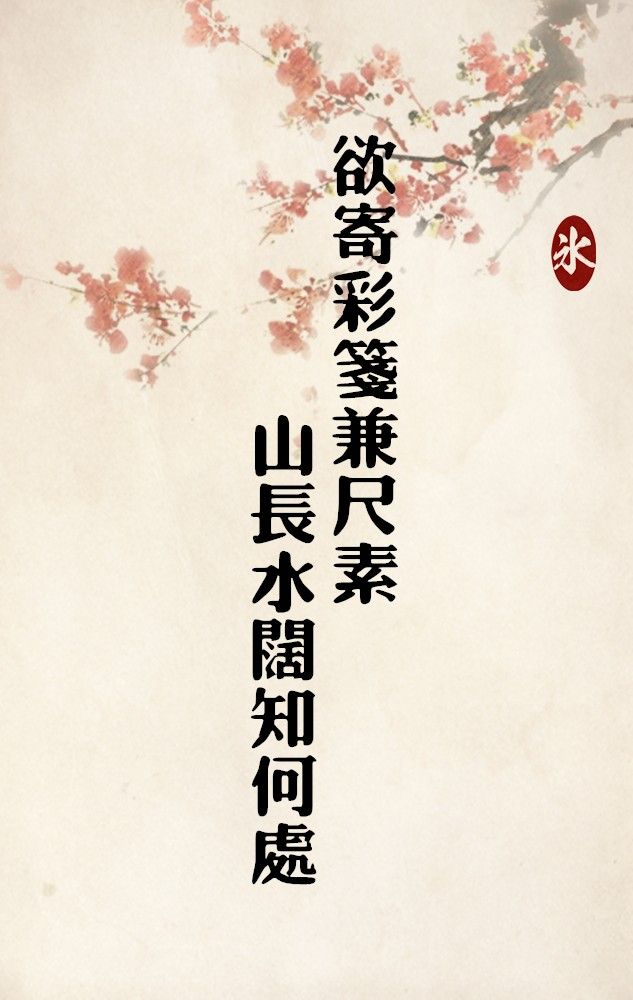
欲寄彩笺兼尺素，山长水阔知何处？